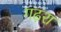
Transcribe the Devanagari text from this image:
गढ़रा